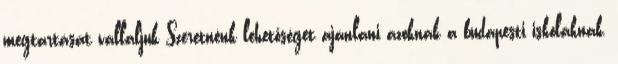
megtartását vállaljuk Szeretnénk lehetőséget ajánlani azoknak a budapesti iskoláknak,